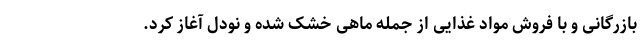
بازرگانی و با فروش مواد غذایی از جمله ماهی خشک شده و نودل آغاز کرد.